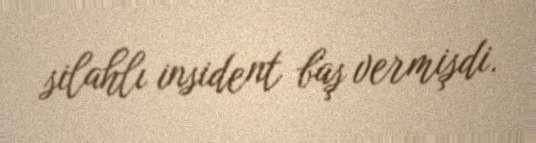
silahlı insident baş vermişdi.